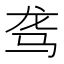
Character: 𱅅